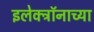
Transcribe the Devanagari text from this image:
इलेक्ट्रॉनाच्या